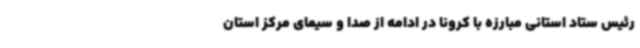
رئیس ستاد استانی مبارزه با کرونا در ادامه از صدا و سیمای مرکز استان